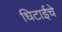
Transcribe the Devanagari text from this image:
धिटाईचे